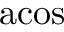
\mathrm { a c o s }